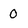
Character: 0